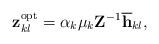
LaTeX: \begin{align*}\mathbf{z}_{kl}^{\mathrm{opt}}={\alpha_{k}{\mu}_{k}{\mathbf{Z}}^{-1}\overline{\mathbf{h}}_{kl}}, \end{align*}